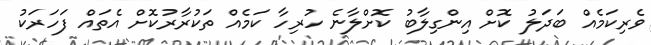
ވެރިކަމެއް ބަދަލު ކޮށް އިންގިލާބު ކޮށްލާނެ ހުރިހާ ކަމެއް ތަކުުރާރުކޮށް އެތައް ފަހަރަކު